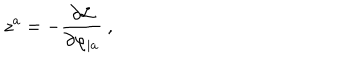
LaTeX: z ^ { a } = - { \frac { \partial { \cal L } } { \partial \varphi _ { | a } } } \ ,